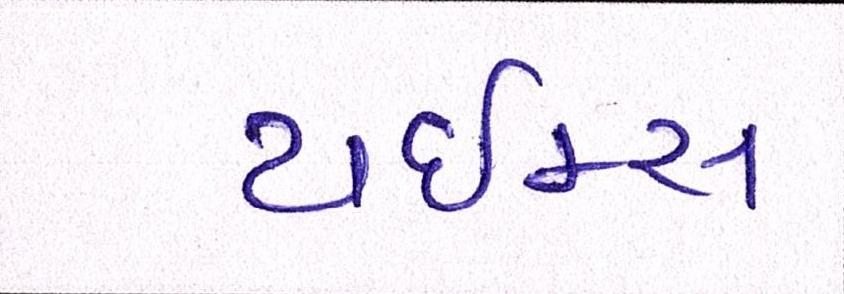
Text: ટાઈમ્સ